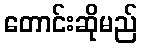
တောင်းဆိုမည်